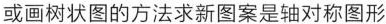
或画树状图的方法求新图案是轴对称图形